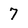
Character: 7